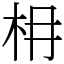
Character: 枏